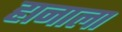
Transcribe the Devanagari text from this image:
हानाला